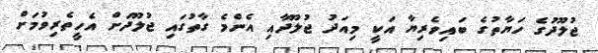
ޖުލޫދުގެ ހަޔާތުގެ ބައިވެރިޔާ އަކީ މިއަދު ޖުލޫދާއި އެންމެ ގާތުގައި ޖުލޫދަށް އެހީތެރިވުމަށް